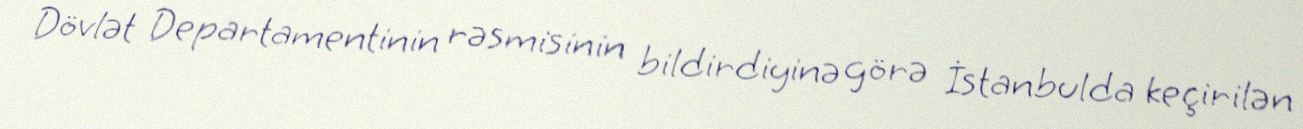
Dövlət Departamentinin rəsmisinin bildirdiyinə görə İstanbulda keçirilən